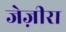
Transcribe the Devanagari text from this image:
जेज़ीरा